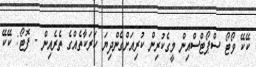
ކޭކޭ ވޯޓޯ ސްޕޯޓްސްއިން މީގެކުރިން ކުރިއަށްގެންދިޔަ ހަރަކާތެއްގެ ތެރެއިން - ފޮޓޯ: ކޭކޭ